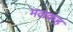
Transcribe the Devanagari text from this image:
मलकह